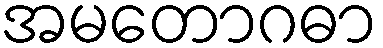
အမတောဂဓာ